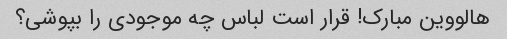
هالووین مبارک! قرار است لباس چه موجودی را بپوشی؟